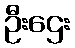
ဦးဌေး